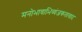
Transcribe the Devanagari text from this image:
मनोभावाभिव्यंजकतावाद